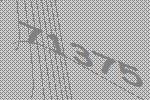
71375